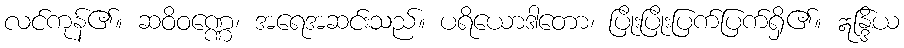
လင်ကုန်၏။ ဆဝိဝဏ္ဏေ၊ အရေအဆင်းသည်။ ပရိယောဒါတော၊ ပြိုးပြိုးပြက်ပြက်ရှိ၏။ ဣန္ဒြိယ